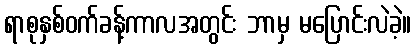
ရာစုနှစ်ဝက်ခန့်ကာလအတွင်း ဘာမှ မပြောင်းလဲခဲ့။